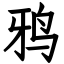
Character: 鸦